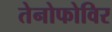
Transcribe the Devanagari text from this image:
तेनोफोविर